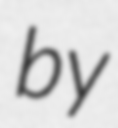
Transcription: by